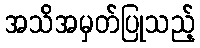
အသိအမှတ်ပြုသည့်